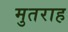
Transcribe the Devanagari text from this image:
मुतराह